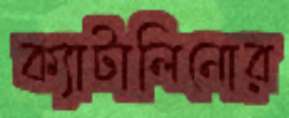
ক্যাটালিনোর